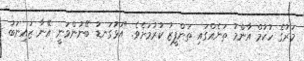
މަރުގެ ހުކުމް އާންމު ތަނެއްގައި ތަންފީޒު ކުރުމަށެވެ. "އަޅުގަނޑު ބޭނުންވަނީ އޭނާ ޒައިނަބު